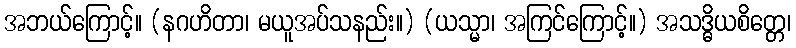
အဘယ်ကြောင့်။ (နဂဟိတာ၊ မယူအပ်သနည်း။) (ယသ္မာ၊ အကြင်ကြောင့်။) အသဒ္ဓိယစိတ္တေ၊